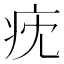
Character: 㽸